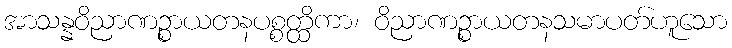
အာသန္နဝိညာဏဉ္စာယတနပစ္စတ္ထိကာ၊ ဝိညာဏဉ္စာယတနသမာပတ်ဟူသော